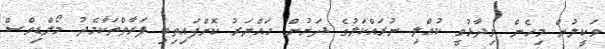
ވަކީލުން މިހެން ވިދާޅުވީ ކުއްލި ނުރައްކަލުގެ ދަށުން ހައްޔަރު ކޮށްފައިތިބި ފަރާތްތަކާމެދު މޯލްޑިވްސް